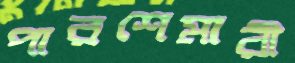
পারশেমারী